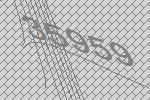
35959